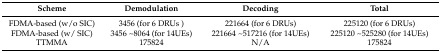
<table><thead><tr><td><b>Scheme</b></td><td><b>Demodulation</b></td><td><b>Decoding</b></td><td><b>Total</b></td></tr></thead><tbody><tr><td>FDMA-based (w/o SIC)</td><td>3456 (for 6 DRUs )</td><td>221664 (for 6 DRUs)</td><td>225120 (for 6 DRUs)</td></tr><tr><td>FDMA-based (w/ SIC)</td><td>3456 ~ 8064 (for 14UEs)</td><td>221664 ~ 517216 (for 14UEs)</td><td>225120 ~ 525280 (for 14UEs)</td></tr><tr><td>TTMMA</td><td>175824</td><td>N/A</td><td>175824</td></tr></tbody></table>